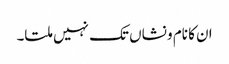
ان کا نام و نشاں تک نہیں ملتا۔